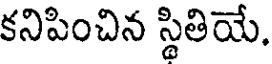
కనిపించిన స్థితియే.